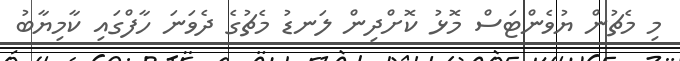
މި މެޗުން ޔުވެންޓަސް މޮޅު ކޮށްދިން ލަނޑު މެޗުގެ ދެވަނަ ހާފްގައި ކާމިޔާބު